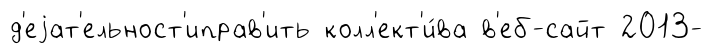
д'еjат'ельност'иправ'ить колл'ект'и́ва в'еб-сайт 2013-